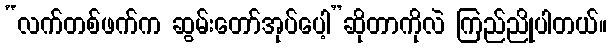
“လက်တစ်ဖက်က ဆွမ်းတော်အုပ်ပေါ့”ဆိုတာကိုလဲ ကြည်ညိုပါတယ်။